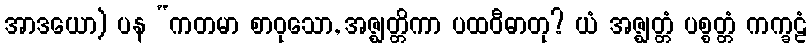
အာဒယော) ပန “ကတမာ စာဝုသော, အဇ္ဈတ္တိကာ ပထဝီဓာတု? ယံ အဇ္ဈတ္တံ ပစ္စတ္တံ ကက္ခဠံ